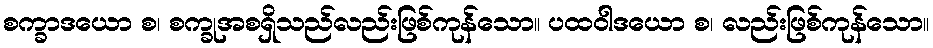
စက္ခာဒယော စ၊ စက္ခုအစရှိသည်လည်းဖြစ်ကုန်သော။ ပထဝါဒယော စ၊ လည်းဖြစ်ကုန်သော။